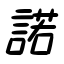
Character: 諾